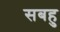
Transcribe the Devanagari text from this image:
सबहु